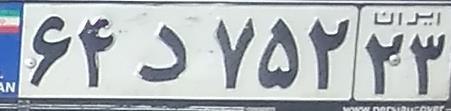
۶۴د۷۵۲۲۳